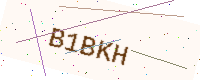
Text: B1BKH